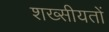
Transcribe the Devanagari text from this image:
शख्सीयतों